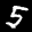
Label: 5